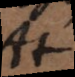
At